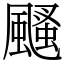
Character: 颾